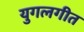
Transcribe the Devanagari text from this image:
युगलगीत